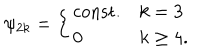
\psi _ { 2 k } = \left\{ \begin{array} { l l } { { \mathrm { c o n s t . } } } & { { k = 3 } } \\ { { 0 } } & { { k \geq 4 . } } \\ \end{array} \right.